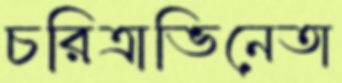
চরিত্রাভিনেতা